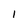
Character: 1